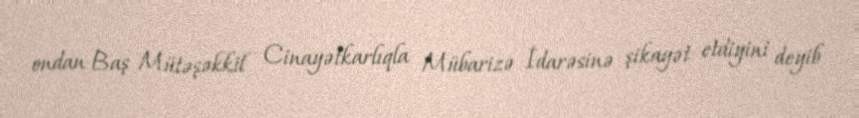
ondan Baş Mütəşəkkil Cinayətkarlıqla Mübarizə İdarəsinə şikayət etdiyini deyib